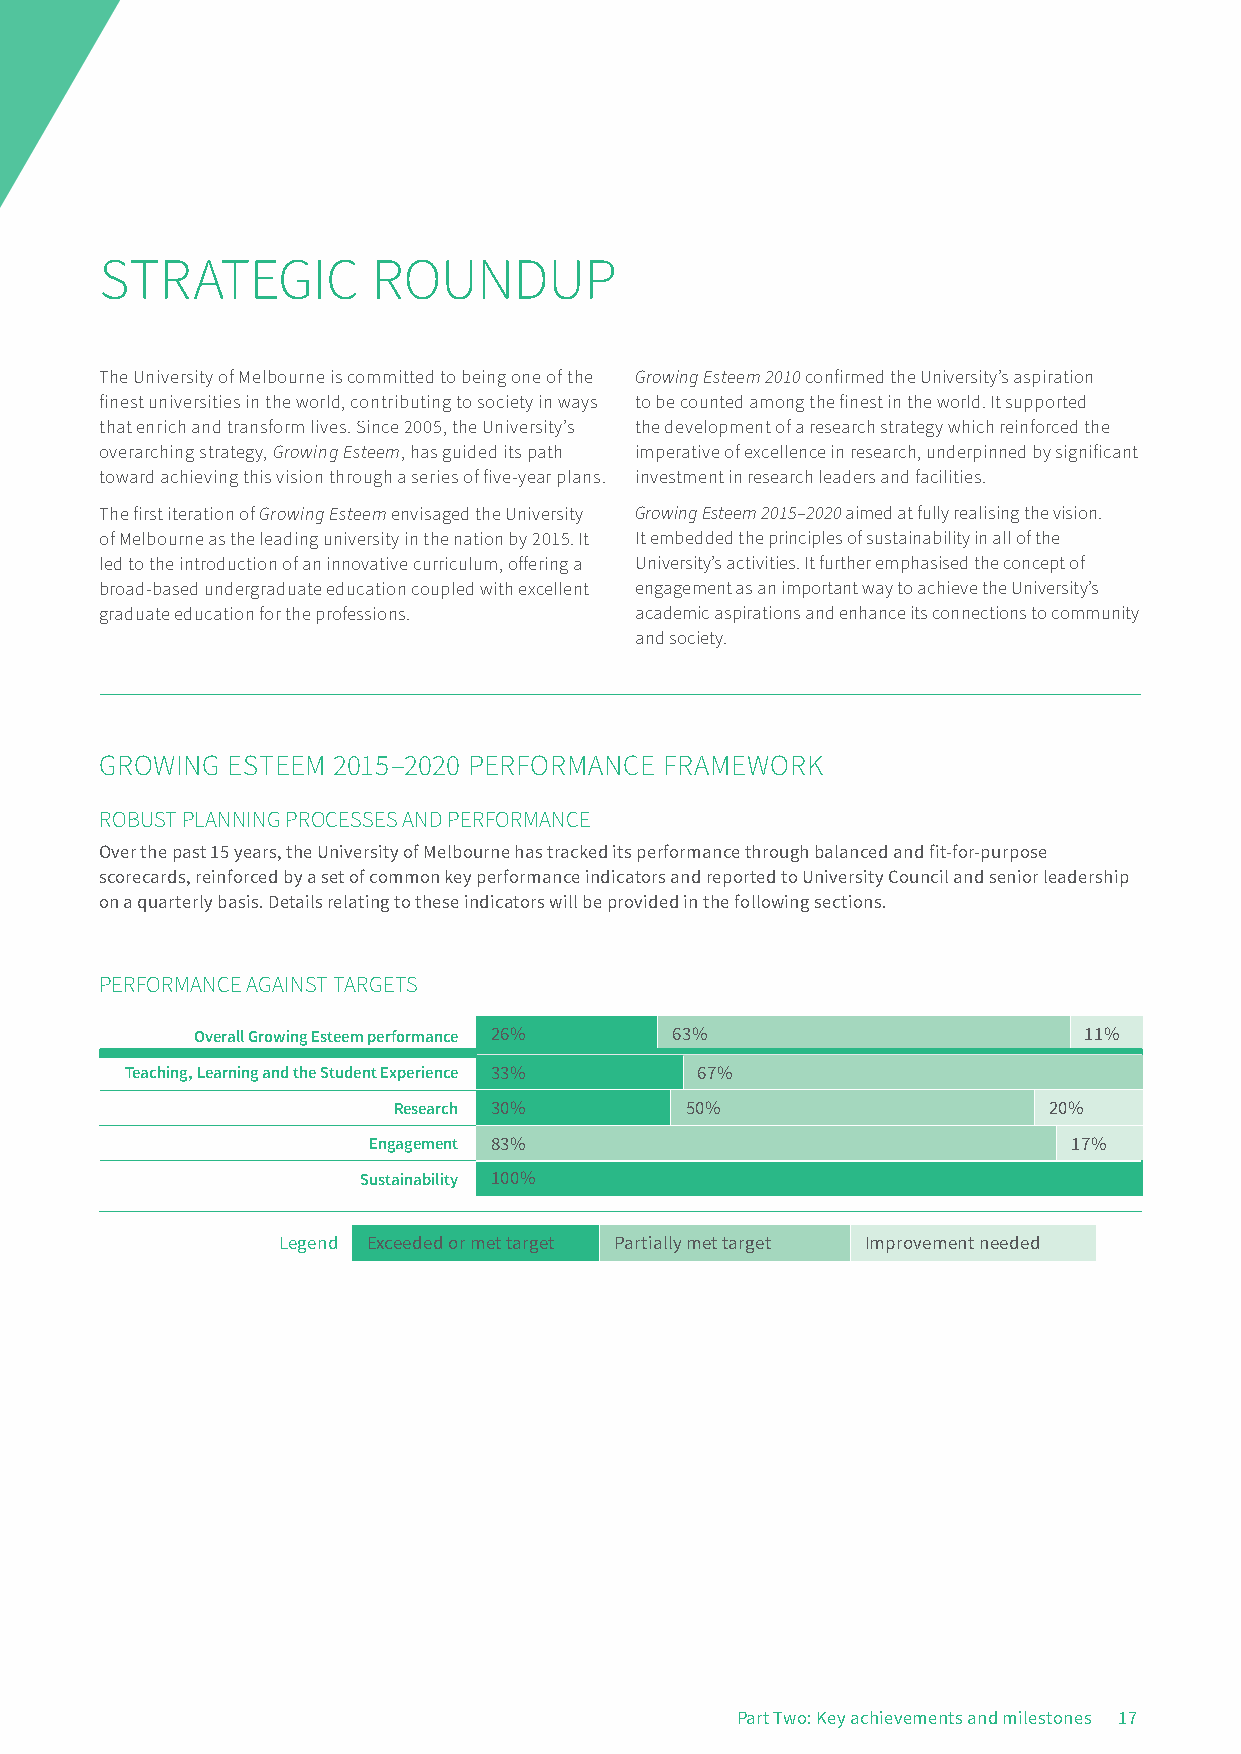
KKKEEEYYY STRATEGIC      ROUNDUP
 The University of Melbourne is committed to being one of the Growing Esteem 2010 confirmed the University’s aspiration
 AAACCCHHHIIIEEEVVVEEEMMMEEENNNTTTSSS finest universities in the world, contributing to society in ways to be counted among the finest in the world. It supported
 that enrich and transform lives. Since 2005, the University’s the development of a research strategy which reinforced the
 overarching strategy, Growing Esteem, has guided its path imperative of excellence in research, underpinned by significant
 toward achieving this vision through a series of five-year plans. investment in research leaders and facilities.
 The first iteration of Growing Esteem envisaged the University Growing Esteem 2015–2020 aimed at fully realising the vision.
 AAANNNDDD MMMIIILLLEEESSSTTTOOONNNEEESSS
 of Melbourne as the leading university in the nation by 2015. It It embedded the principles of sustainability in all of the
 led to the introduction of an innovative curriculum, offering a University’s activities. It further emphasised the concept of
 broad-based undergraduate education coupled with excellent engagement as an important way to achieve the University’s
 graduate education for the professions. academic aspirations and enhance its connections to community
 and society.
 GROWING ESTEEM 2015–2020 PERFORMANCE FRAMEWORK
 ROBUST PLANNING PROCESSES AND PERFORMANCE
 Over the past 15 years, the University of Melbourne has tracked its performance through balanced and fit-for-purpose
 scorecards, reinforced by a set of common key performance indicators and reported to University Council and senior leadership
 on a quarterly basis. Details relating to these indicators will be provided in the following sections.
 PERFORMANCE AGAINST TARGETS
 Overall Growing Esteem performance 26% 63%                 11%
 Teaching, Learning and the Student Experience 33% 67%
 Research 30%       50%                     20%
 Engagement 83%                                 17%
 Sustainability 100%
 Legend Exceeded or met target Partially met target Improvement needed
 Part Two: Key achievements and milestones 17